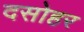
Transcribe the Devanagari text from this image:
दसोहर